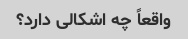
واقعاً چه اشکالی دارد؟